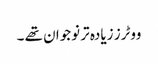
ووٹرز زیادہ تر نوجوان تھے ۔